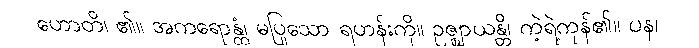
ဟောတိ၊ ၏။ အကရောန္တံ၊ မပြုသော ရဟန်းကို။ ဥဇ္ဈာယန္တိ၊ ကဲ့ရဲ့ကုန်၏။ ပန၊